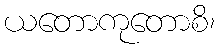
ယတောကုတောစိ၊